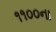
૧૧૦૦ના